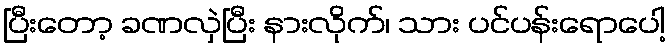
ပြီးတော့ ခဏလှဲပြီး နားလိုက်၊ သား ပင်ပန်းရောပေါ့